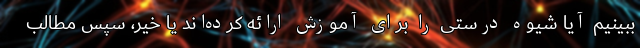
ببینیم آیا شیوه درستی را برای آموزش ارائه کرده‌اند یا خیر،‌ سپس مطالب